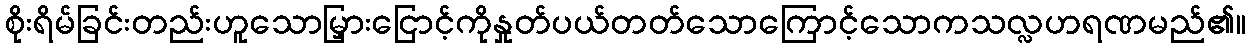
စိုးရိမ်ခြင်းတည်းဟူသောမြှားငြောင့်ကိုနှုတ်ပယ်တတ်သောကြောင့်သောကသလ္လဟရဏမည်၏။